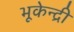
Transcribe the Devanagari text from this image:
भूकेन्द्री